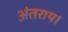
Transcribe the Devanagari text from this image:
अंतराय।